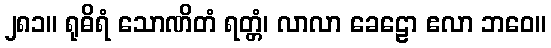
၂၈၁။ ရုဓိရံ သောဏိတံ ရတ္တံ၊ လာလာ ခေဠော ဧလာ ဘဝေ။